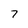
Character: 7